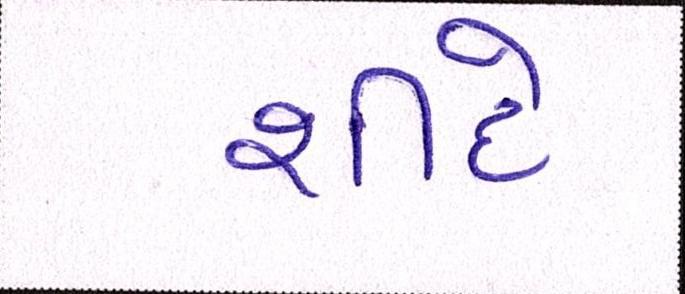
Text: શીંદે